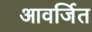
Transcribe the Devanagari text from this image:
आवर्जित